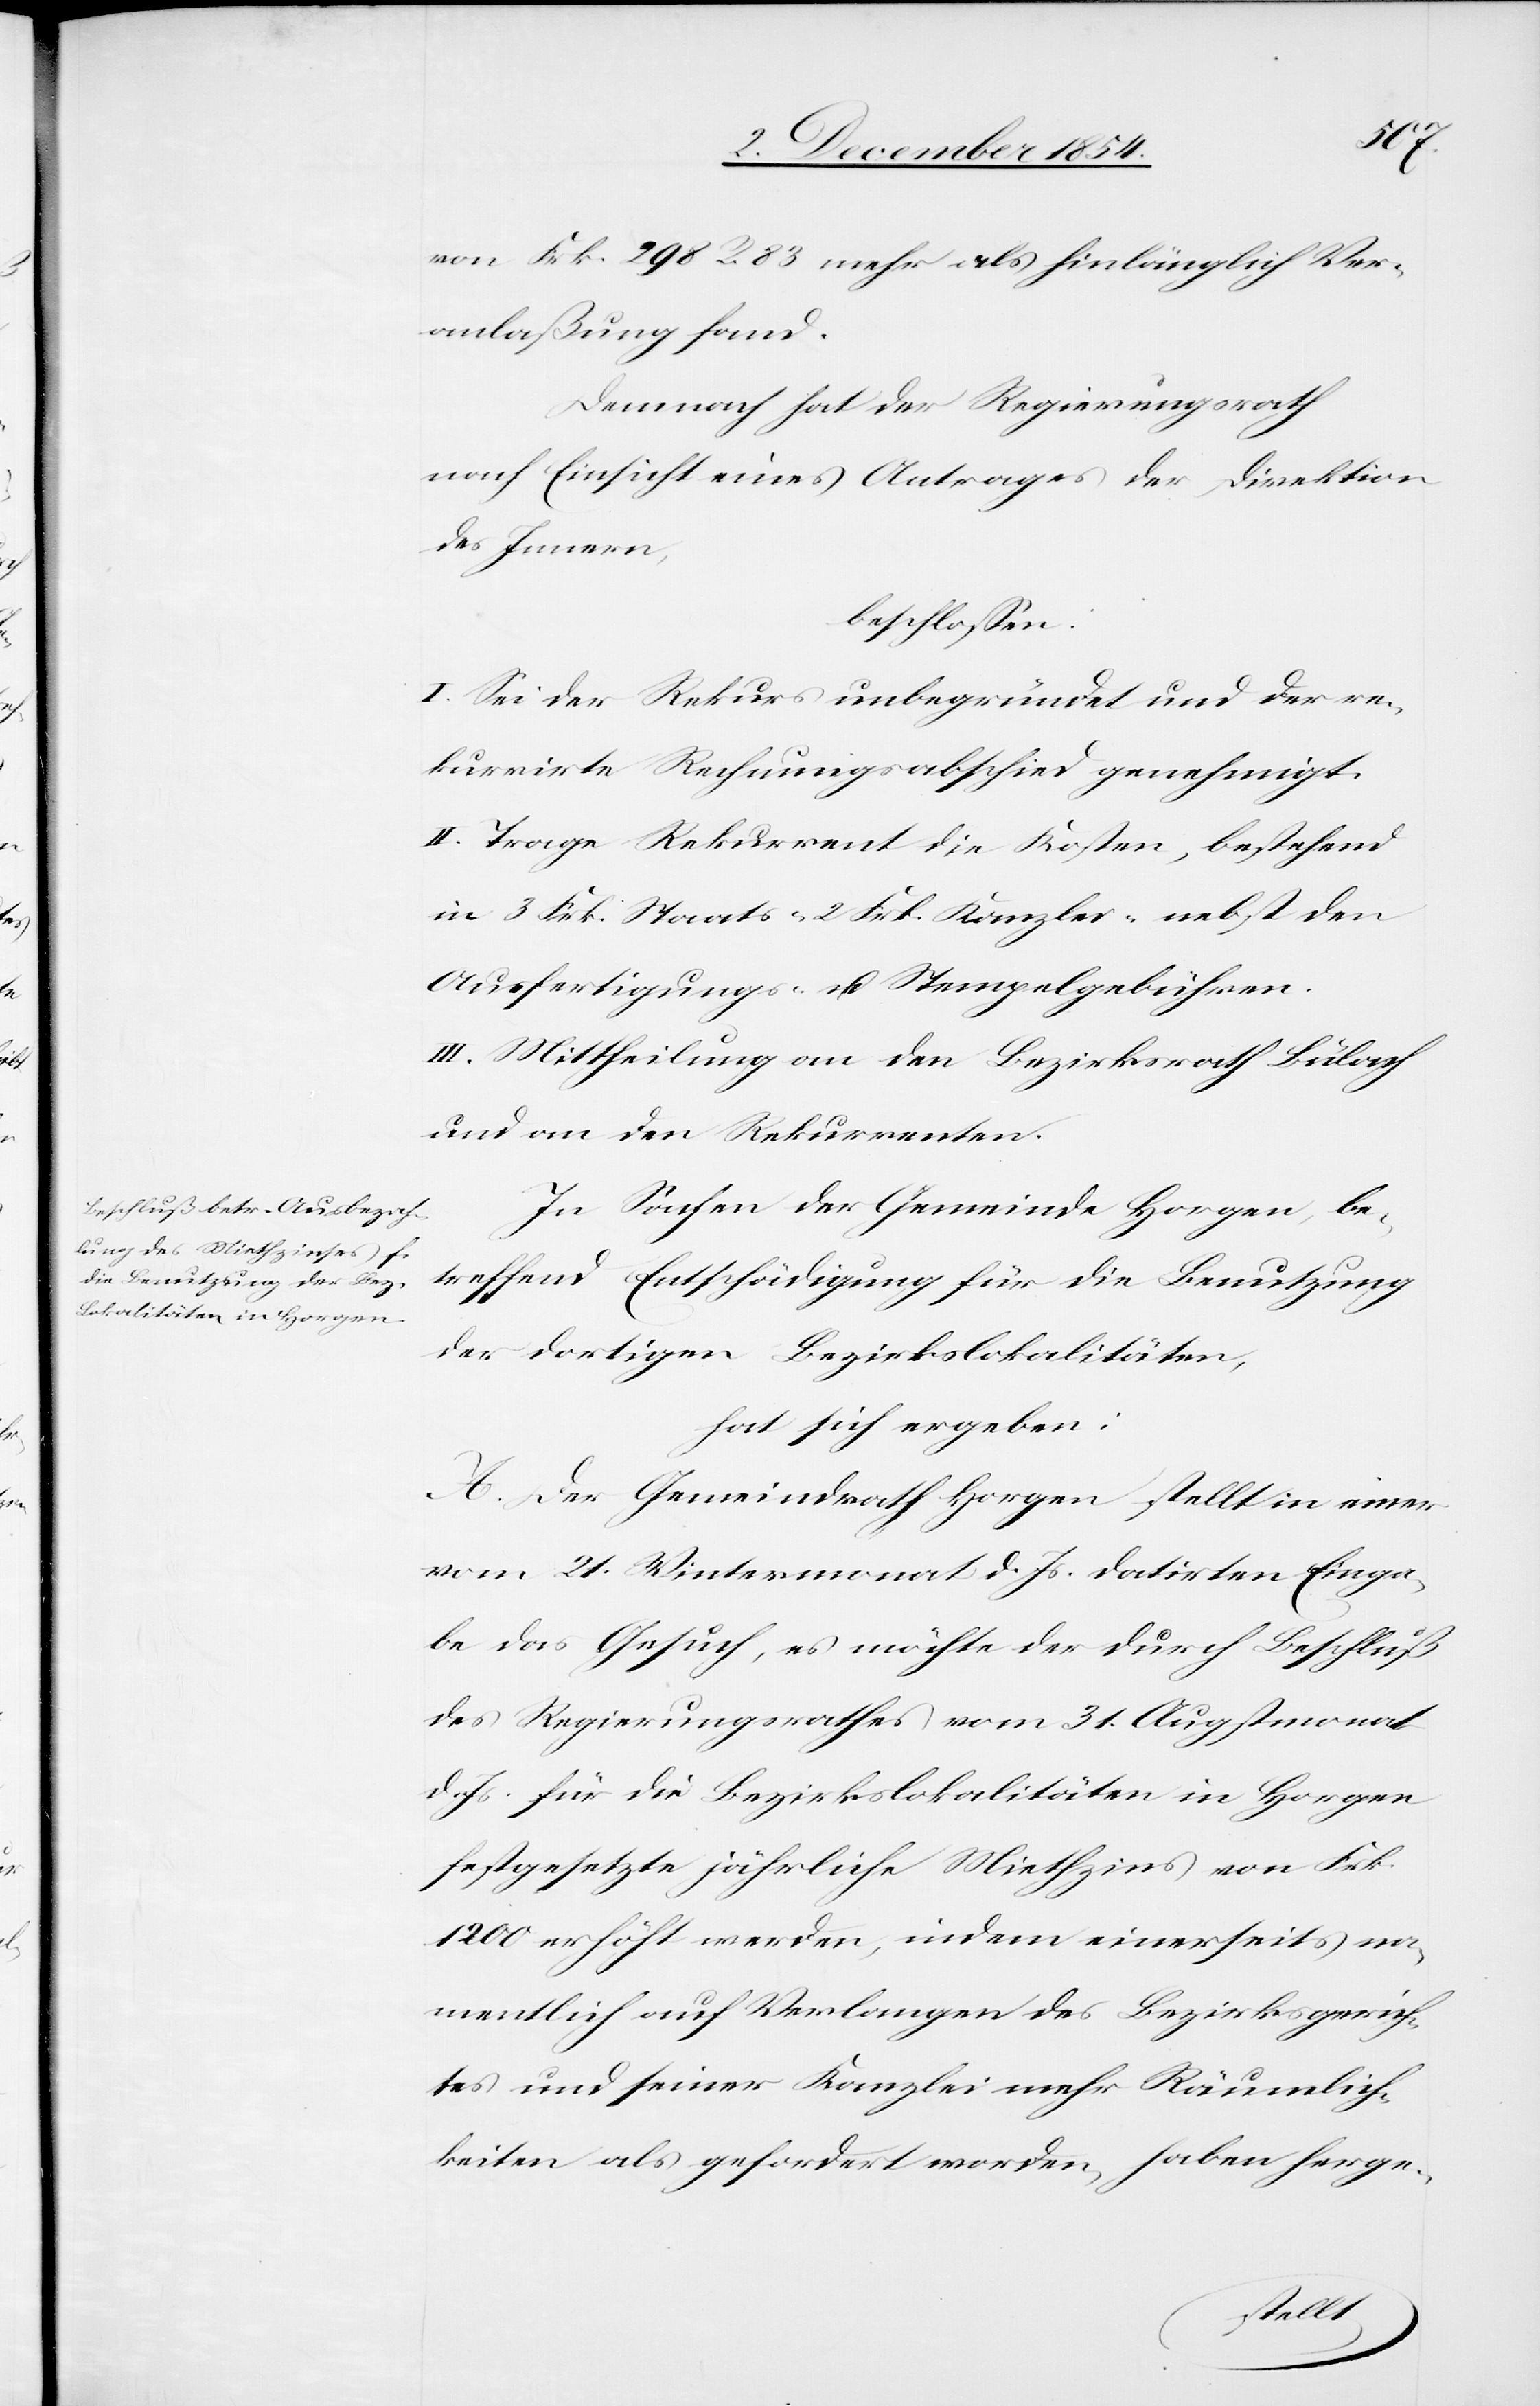
von Frk. 298 R. 83 mehr als hinlänglich Ver¬
anlaßung fand.
Demnach hat der Regierungsrath
nach Einsicht eines Antrages der Direktion
des Innern,
beschloßen:
I. Sei der Rekurs unbegründet und der re¬
kurrirte Rechnungsabschied genehmigt.
II. Trage Rekurrent die Kosten, bestehend
in 3 Frk. Staats-[,] 2 Frk. Kanzlei-[,] nebst den
Ausfertigungs- u. Stempelgebühren.
III. Mittheilung an den Bezirksrath Bülach
und an den Rekurrenten.
In Sachen der Gemeinde Horgen, be¬
treffend Entschädigung für die Benutzung
der dortigen Bezirkslokalitäten,
hat sich ergeben:
A. Der Gemeindrath Horgen stellt in einer
vom 21. Wintermonat d. Js. datirten Einga¬
be das Gesuch, es möchte der durch Beschluß
des Regierungsrathes vom 31. Augstmonat
d. Js. für die Bezirkslokalitäten in Horgen
festgesetzte jährliche Miethzins von Frk.
1200 erhöht werden, indem einerseits na¬
mentlich auf Verlangen des Bezirksgerich¬
tes und seiner Kanzlei mehr Räumlich¬
keiten als gefordert worden, haben herge-